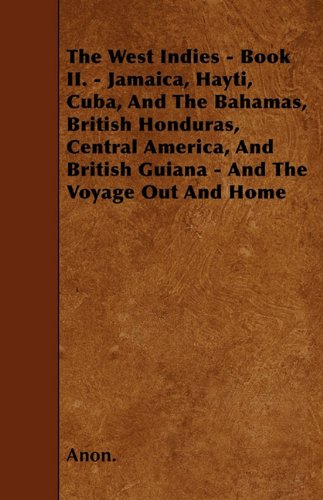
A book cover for The West Indies - Book II. - Jamaica, Hayti, Cuba, And The Bahamas, British Honduras, Central America, And British Guiana - And The Voyage Out And Home; Anon.; Travel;